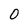
Character: 0